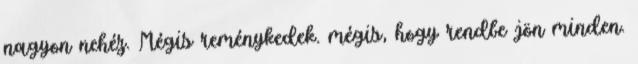
nagyon nehéz. Mégis reménykedek. mégis, hogy rendbe jön minden.